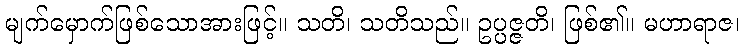
မျက်မှောက်ဖြစ်သောအားဖြင့်။ သတိ၊ သတိသည်။ ဥပ္ပဇ္ဇတိ၊ ဖြစ်၏။ မဟာရာဇ၊